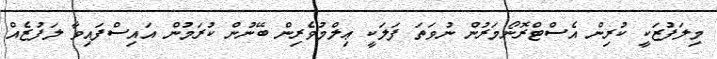
މިލަފުޒަކީ ކުރިން އެސްޓްރޮނޯމަރުން ނުވަތަ ފަލަކީ ޢިލްމުވެރިން ބޭނުން ކުރަމުން އައިސްފައިވާ ލަފުޒެއް